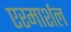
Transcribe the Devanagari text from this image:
एरमार्शल